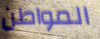
المواطن